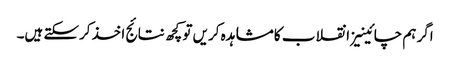
اگر ہم چائینیز انقلاب کا مشاہدہ کریں تو کچھ نتائج اخذ کرسکتے ہیں۔